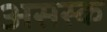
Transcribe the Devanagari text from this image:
असस्क